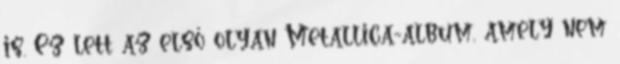
is. Ez lett az első olyan Metallica-album, amely nem